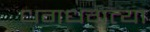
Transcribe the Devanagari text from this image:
धगधगत्या